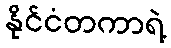
နိုင်ငံတကာရဲ့